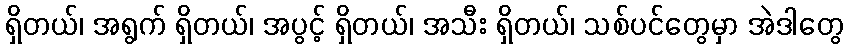
ရှိတယ်၊ အရွက် ရှိတယ်၊ အပွင့် ရှိတယ်၊ အသီး ရှိတယ်၊ သစ်ပင်တွေမှာ အဲဒါတွေ